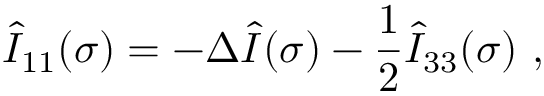
\hat { I } _ { 1 1 } ( \sigma ) = - \Delta \hat { I } ( \sigma ) - \frac 1 2 \hat { I } _ { 3 3 } ( \sigma ) \ ,